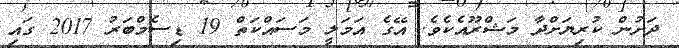
ދަށުން ކުރިޔަށްދާ މަޝްރޫއެކެވެ. އޭގެ އަމަލީ މަސައްކަތް 19 ޑިސެމްބަރު 2017 ގައި